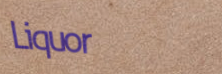
Liquor